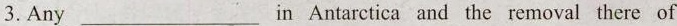
3. Any___ in Antarctica and the removal there of